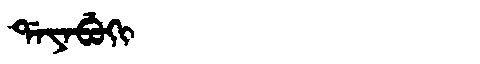
Manchu: ᡩᠠᠶᠠᠪᡠᡴᡳ
Romanization: DAYABUKI